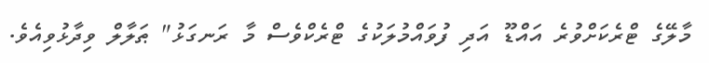
މާލޭގެ ޓްރެކަށްވުރެ އައްޑޫ އަދި ފުވައްމުލަކުގެ ޓްރެކްވެސް މާ ރަނގަޅު" ޠަލާލް ވިދާޅުވިއެވެ.